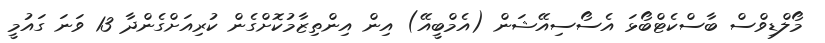
މޯލްޑިވްސް ބާސްކެޓްބޯޅަ އެސޯސިއޭޝަން (އެމްބީއޭ) އިން އިންތިޒާމުކޮށްގެން ކުރިއަށްގެންދާ 13 ވަނަ ގައުމީ